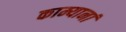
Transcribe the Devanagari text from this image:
काम्यानां